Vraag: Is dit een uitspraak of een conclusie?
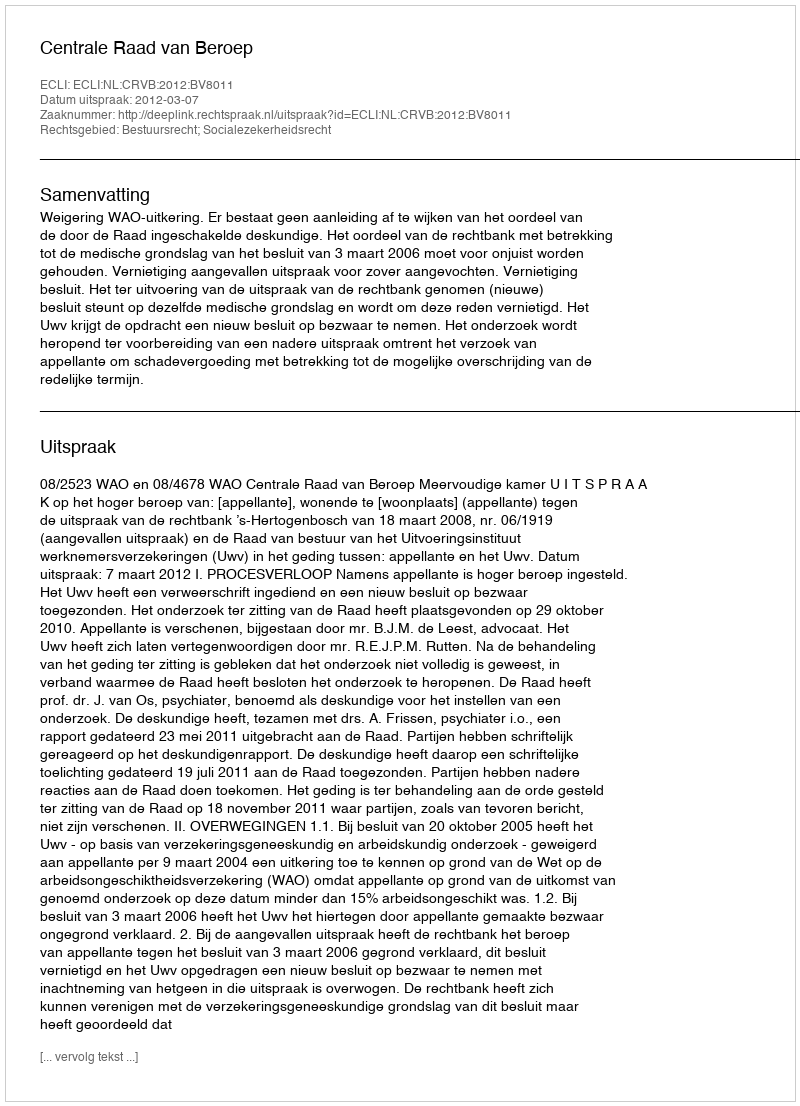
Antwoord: Uitspraak